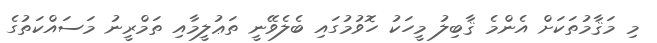
މި މަޤާމުތަކަށް އެންމެ ޤާބިލު މީހަކު ހޮވުމުގައި ބެލެވޭނީ ތަޢުލީމާއި ތަމްރީނު މަސައްކަތުގެ